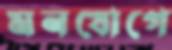
মনযোগে